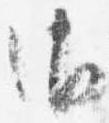
御